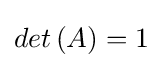
det\left(A\right)=1